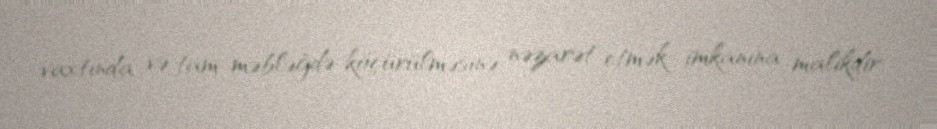
vaxtında və tam məbləğdə köçürülməsinə nəzarət etmək imkanına malikdir.